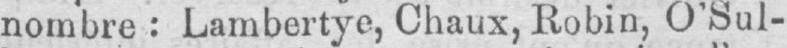
nombre: Lambertye, Chaux, Robin, O’Sul-